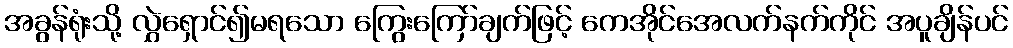
အခွန်ရုံးသို့ လွှဲရှောင်၍မရသော ကြွေးကြော်ချက်ဖြင့် ကေအိုင်အေလက်နက်ကိုင် အပူချိန်ပင်